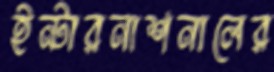
ইন্টারনাশনালের